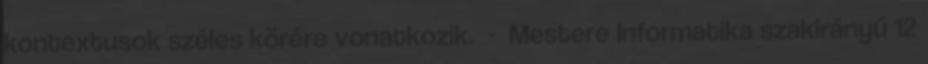
kontextusok széles körére vonatkozik. - Mestere Informatika szakirányú 12